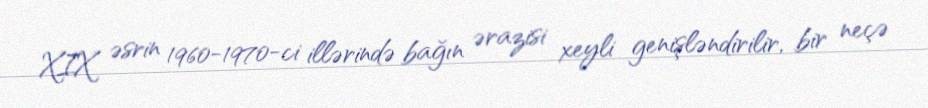
XIX əsrin 1960-1970-ci illərində bağın ərazisi xeyli genişləndirilir, bir neçə